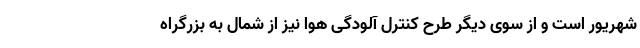
شهریور است و از سوی دیگر طرح کنترل آلودگی هوا نیز از شمال به بزرگراه